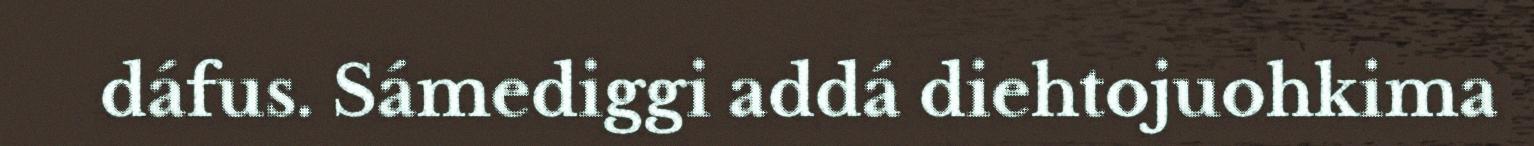
dáfus. Sámediggi addá diehtojuohkima